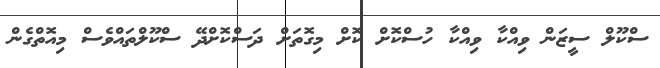
ސްކޫލް ސީޒަން ވިއްކާ ވިއްކާ ހުސްކޮށް ކޮށް މިގޮތަށް ދަސްކޮށްދޭ ސްކޫލްތައްވެސް މިއޮތްގެން